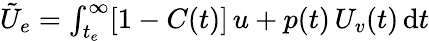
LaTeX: \begin{array}{r}{\tilde{U}_{e}=\int_{t_{e}}^{\infty}[1-C(t)]\, u+p(t)\, U_{v}(t)\, \mathrm{d}t}\end{array}